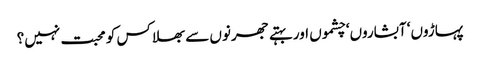
پہاڑوں‘ آبشاروں‘ چشموں اور بہتے جھرنوں سے بھلا کس کو محبت نہیں؟